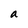
Character: a